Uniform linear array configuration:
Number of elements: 4
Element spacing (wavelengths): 0.5
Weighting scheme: cosine
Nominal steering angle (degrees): -15
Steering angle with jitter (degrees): -16.017
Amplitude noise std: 0.05
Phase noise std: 0.05

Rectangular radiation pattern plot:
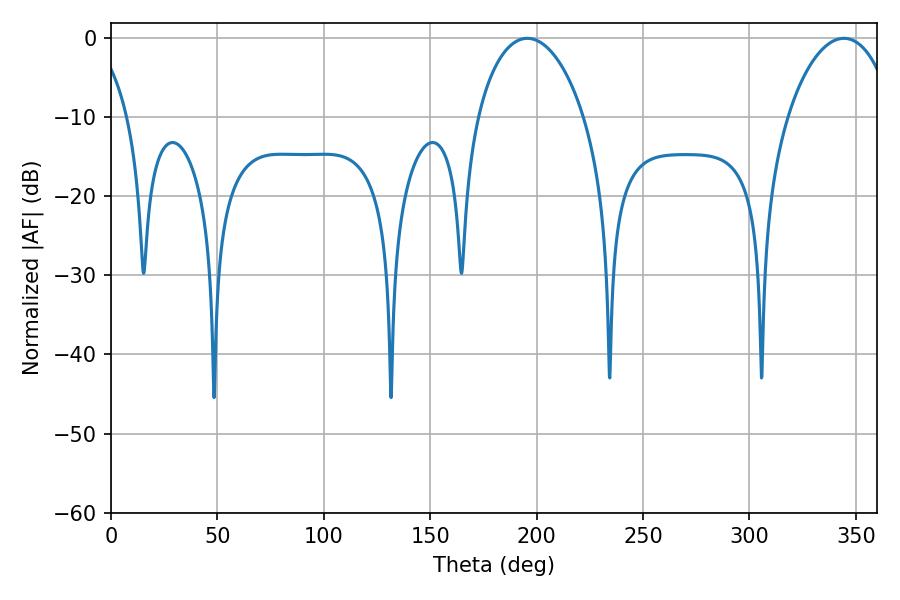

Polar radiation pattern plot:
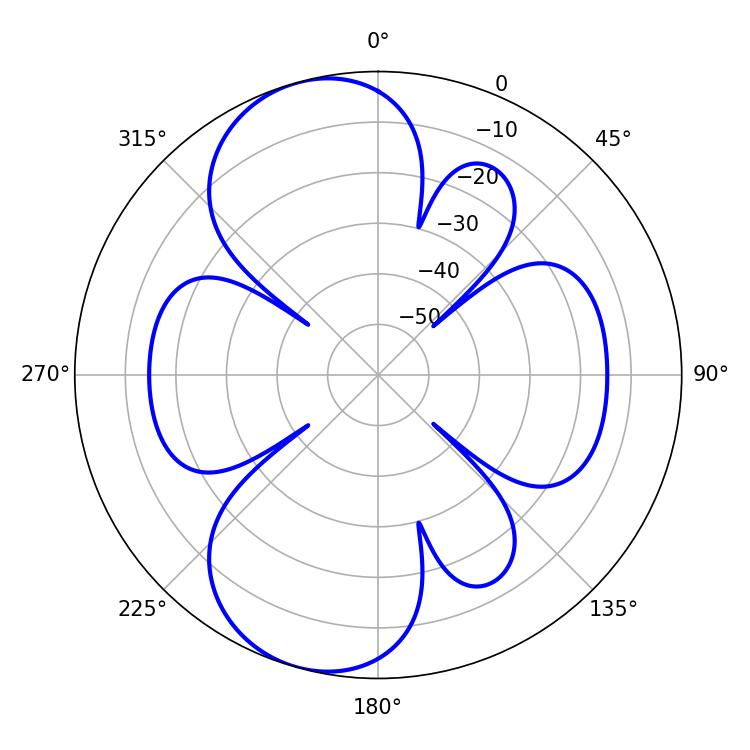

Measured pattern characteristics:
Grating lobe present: FALSE
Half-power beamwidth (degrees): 28.62
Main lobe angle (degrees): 195.66